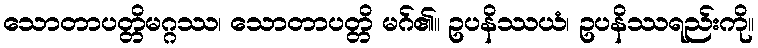
သောတာပတ္တိမဂ္ဂဿ၊ သောတာပတ္တိ မဂ်၏။ ဥပနိဿယံ၊ ဥပနိဿရည်းကို။